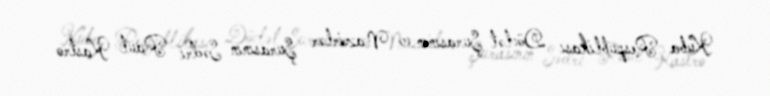
Kuba Respublikası Dövlət Şurasının və Nazirlər Şurasının Sədri Raul Kastro